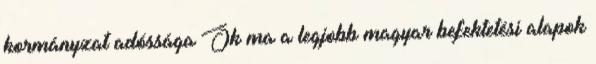
kormányzat adóssága Ők ma a legjobb magyar befektetési alapok